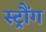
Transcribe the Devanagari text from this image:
स्ट्रौंग